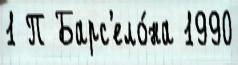
1 П Барс'ело́на 1990